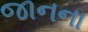
જાનના